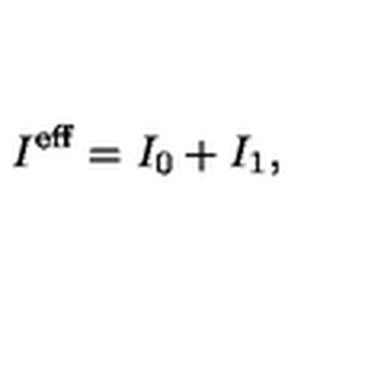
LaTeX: I ^ { \mathrm { e f f } } = I _ { 0 } + I _ { 1 } ,